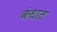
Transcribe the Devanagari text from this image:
कंधाल